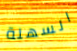
السهلة